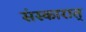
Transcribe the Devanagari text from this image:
संस्कारात्‌